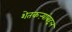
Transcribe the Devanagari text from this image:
शेतकऱ्यांबद्दल